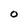
Character: O